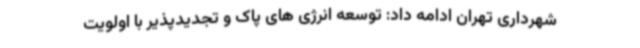
شهرداری تهران ادامه داد: توسعه انرژی های پاک و تجدیدپذیر با اولویت